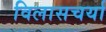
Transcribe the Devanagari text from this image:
विलासचर्या